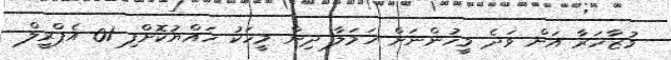
މުޒާހަރާ އަށް ވަދެ މީހުންނަށް ހަމަލާ ދިން މީހަކު ހައްޔުކޮށްފި 01 އެޕްރީލް